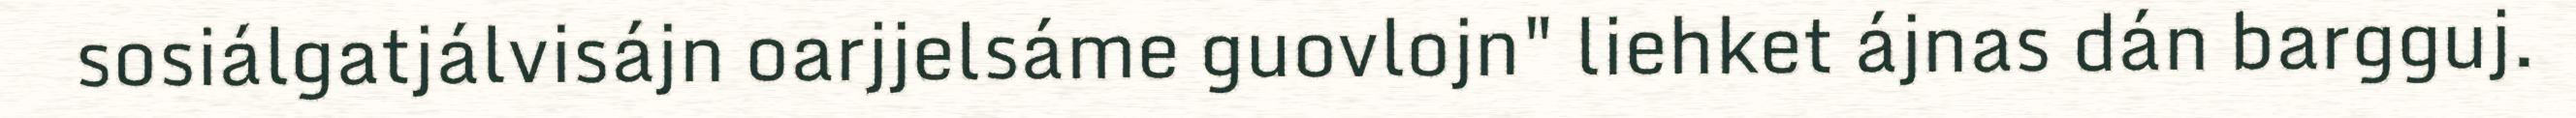
sosiálgatjálvisájn oarjjelsáme guovlojn" liehket ájnas dán bargguj.